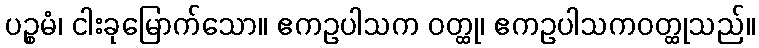
ပဉ္စမံ၊ ငါးခုမြောက်သော။ ဧကဥပါသက ဝတ္ထု၊ ဧကဥပါသကဝတ္ထုသည်။